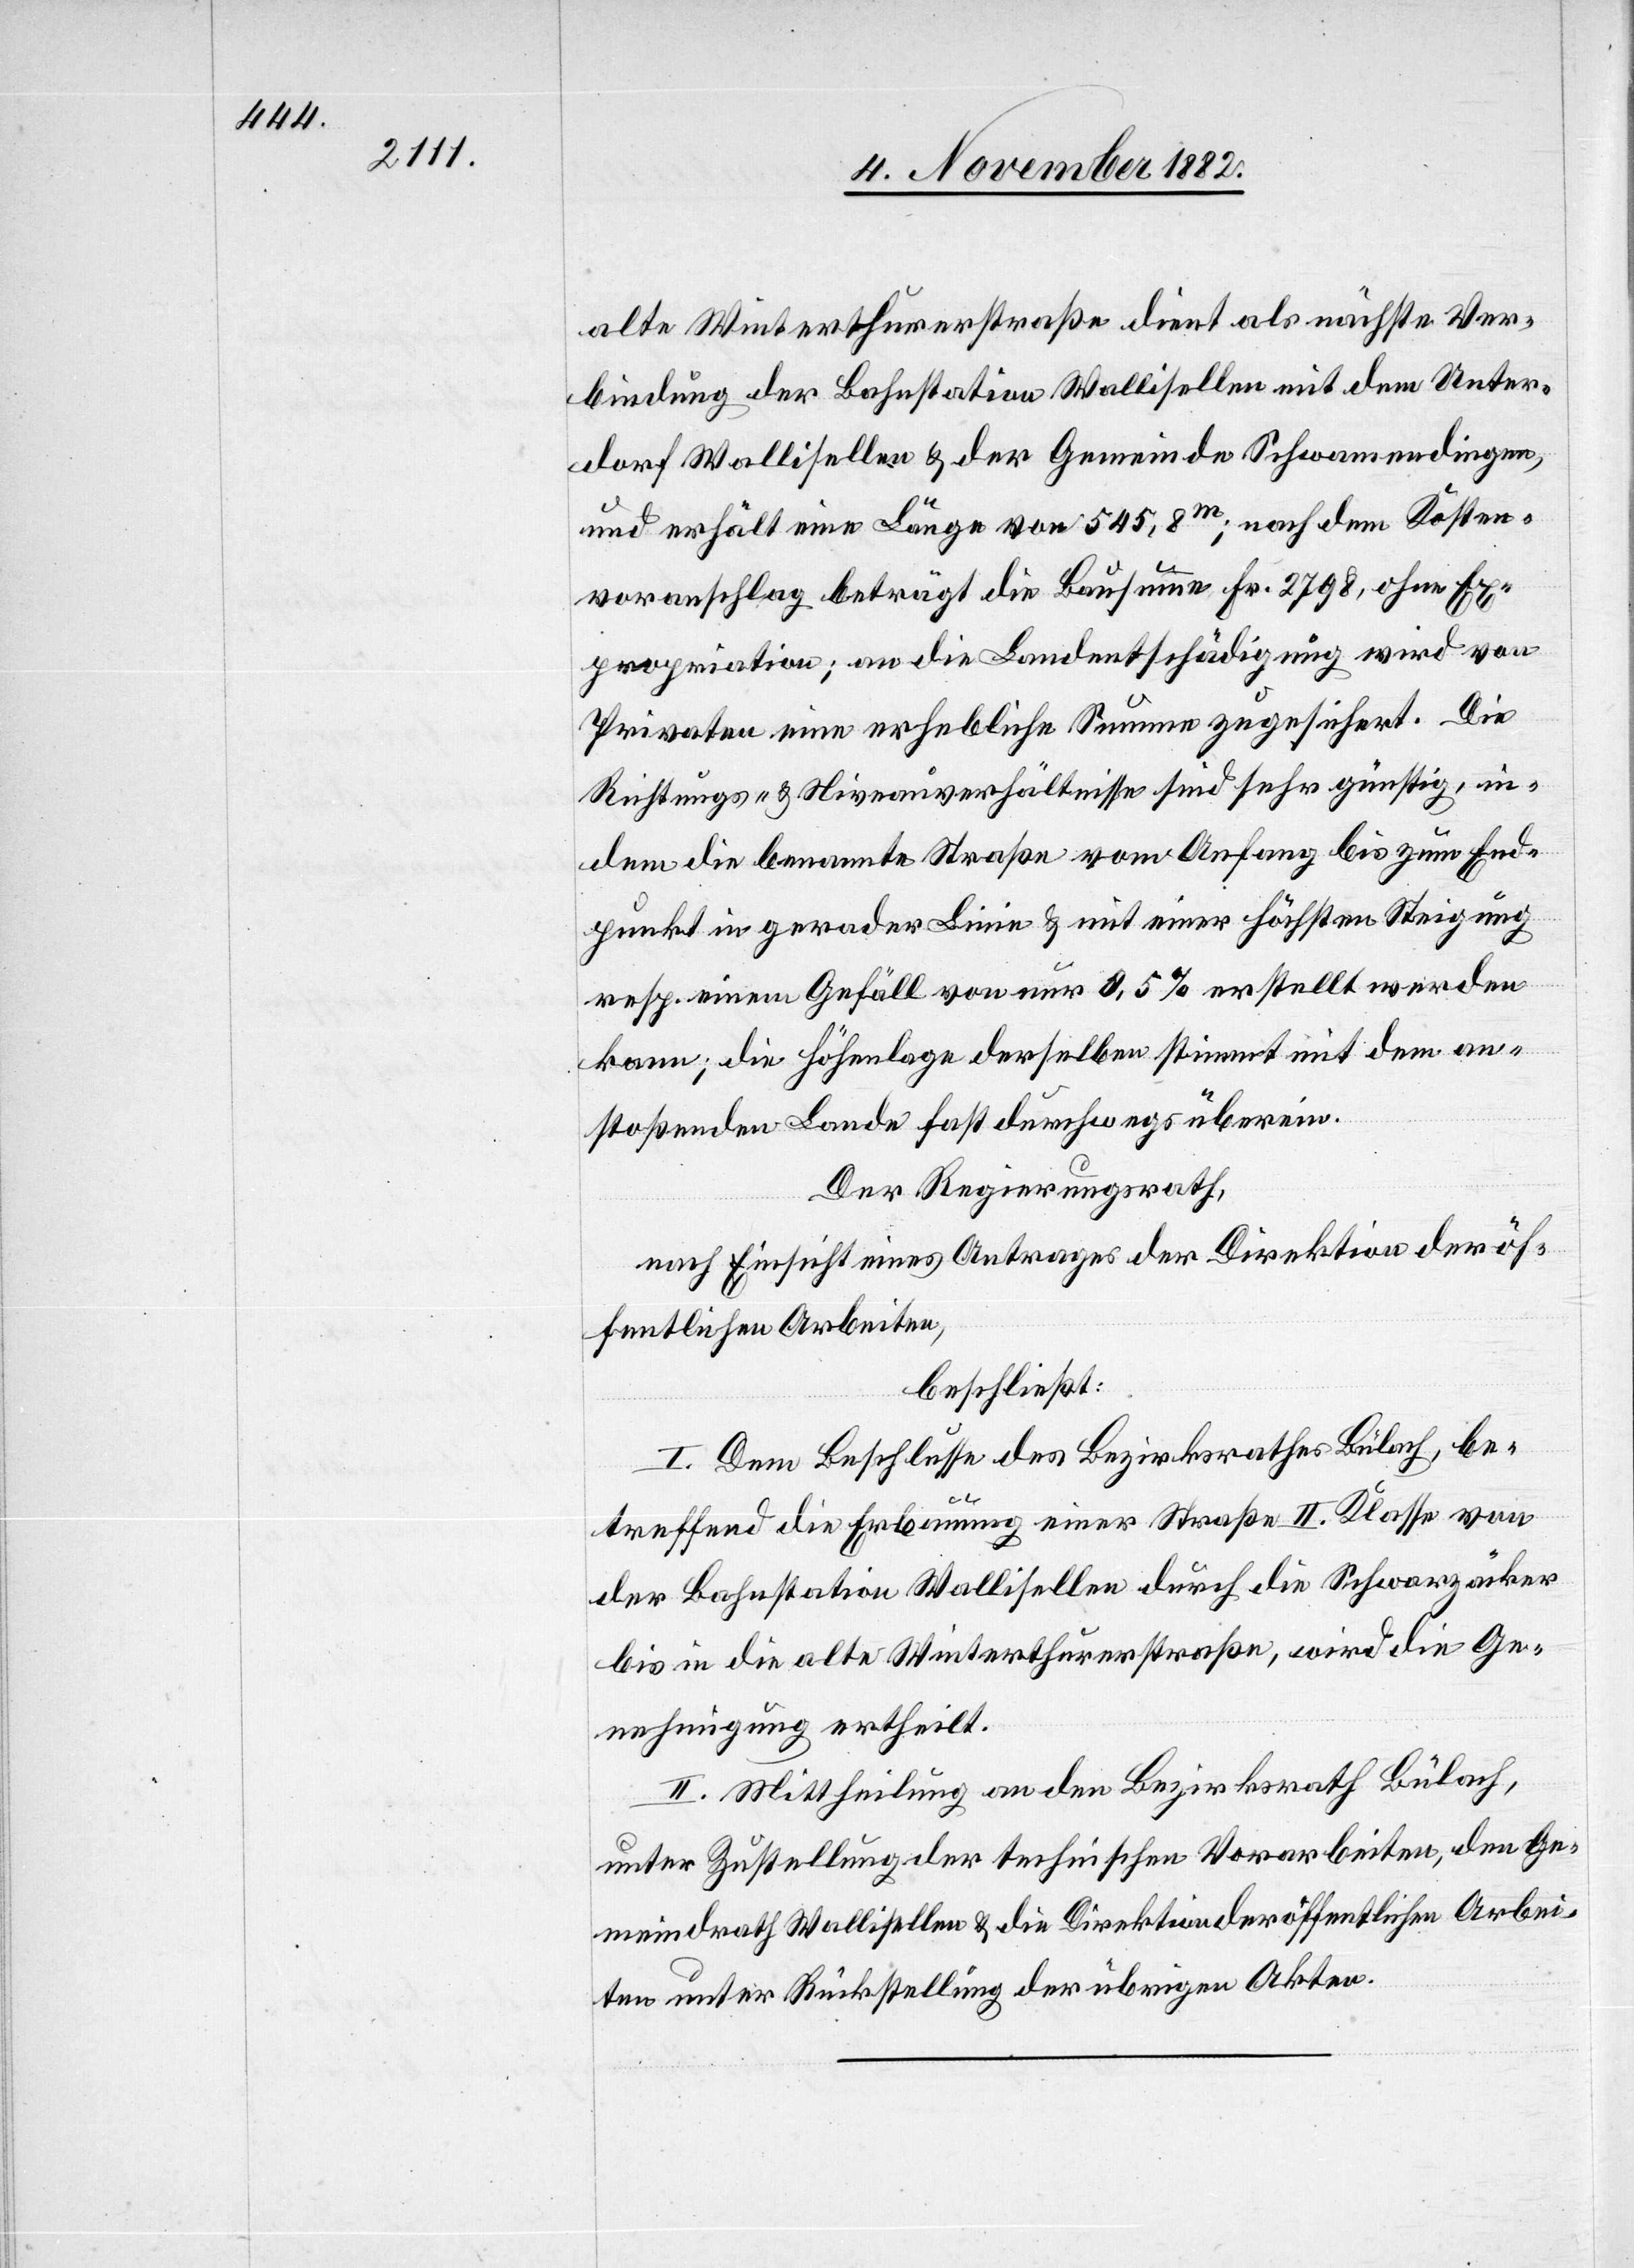
alte Winterthurerstraße dient als nächste Ver¬
bindung der Bahnstation Wallisellen mit dem Unter¬
dorf Wallisellen & der Gemeinde Schwamendingen,
und erhält eine Länge von 545,8m; nach dem Kosten¬
voranschlag beträgt die Bausumme Fr. 2798, ohne Ex¬
propriation; an die Landentschädigung wird von
Privaten eine erhebliche Summe zugesichert. Die
Richtungs- & Niveauverhältnisse sind sehr günstig, in¬
dem die benannte Straße vom Anfang bis zum End¬
punkt in gerader Linie & mit einer höchsten Steigung
resp. einem Gefäll von nur 0,5% erstellt werden
kann; die Höhenlage derselben stimmt mit dem an¬
stoßenden Lande fast Durchwegs überein.
Der Regierungsrath,
nach Einsicht eines Antrages der Direktion der öf¬
fentlichen Arbeiten,
beschließt:
I. Dem Beschlusse des Bezirksrathes Bülach, be¬
treffend ie Erbauung einer Straße II. Klasse von
der Bahnstation Wallisellen durch die Schwarzäcker
bis in die alte Winterthurerstraße, wird die Ge¬
nehmigung ertheilt.
II. Mittheilung an den Bezirksrath Bülach,
unter Zustellung der technischen Vorarbeiten, den Ge¬
meindrath Wallisellen & die Direktion der öffentlichen Arbei¬
ten unter Rückstellung der übrigen Akten.